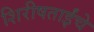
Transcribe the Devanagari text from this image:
शिरीषताईंचे